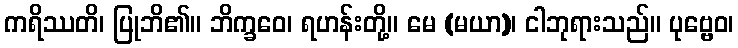
ကရိဿတိ၊ ပြုဘိ၏။ ဘိက္ခဝေ၊ ရဟန်းတို့။ မေ (မယာ)၊ ငါဘုရားသည်။ ပုဗ္ဗေဝ၊